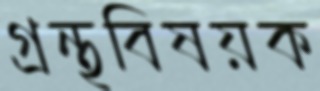
গ্রন্থবিষয়ক